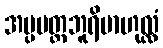
အပ္ပမတ္တဘူရိဗာဟုလ္လံ